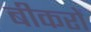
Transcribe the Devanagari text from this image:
बीकरों